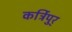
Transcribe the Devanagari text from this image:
कर्त्रिपुर्